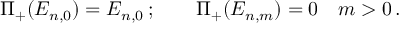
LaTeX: \Pi _ { + } ( E _ { n , 0 } ) = E _ { n , 0 } \, ; \qquad \Pi _ { + } ( E _ { n , m } ) = 0 \quad m > 0 \, .